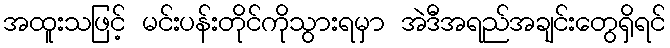
အထူးသဖြင့် မင်းပန်းတိုင်ကိုသွားရမှာ အဲဒီအရည်အချင်းတွေရှိရင်